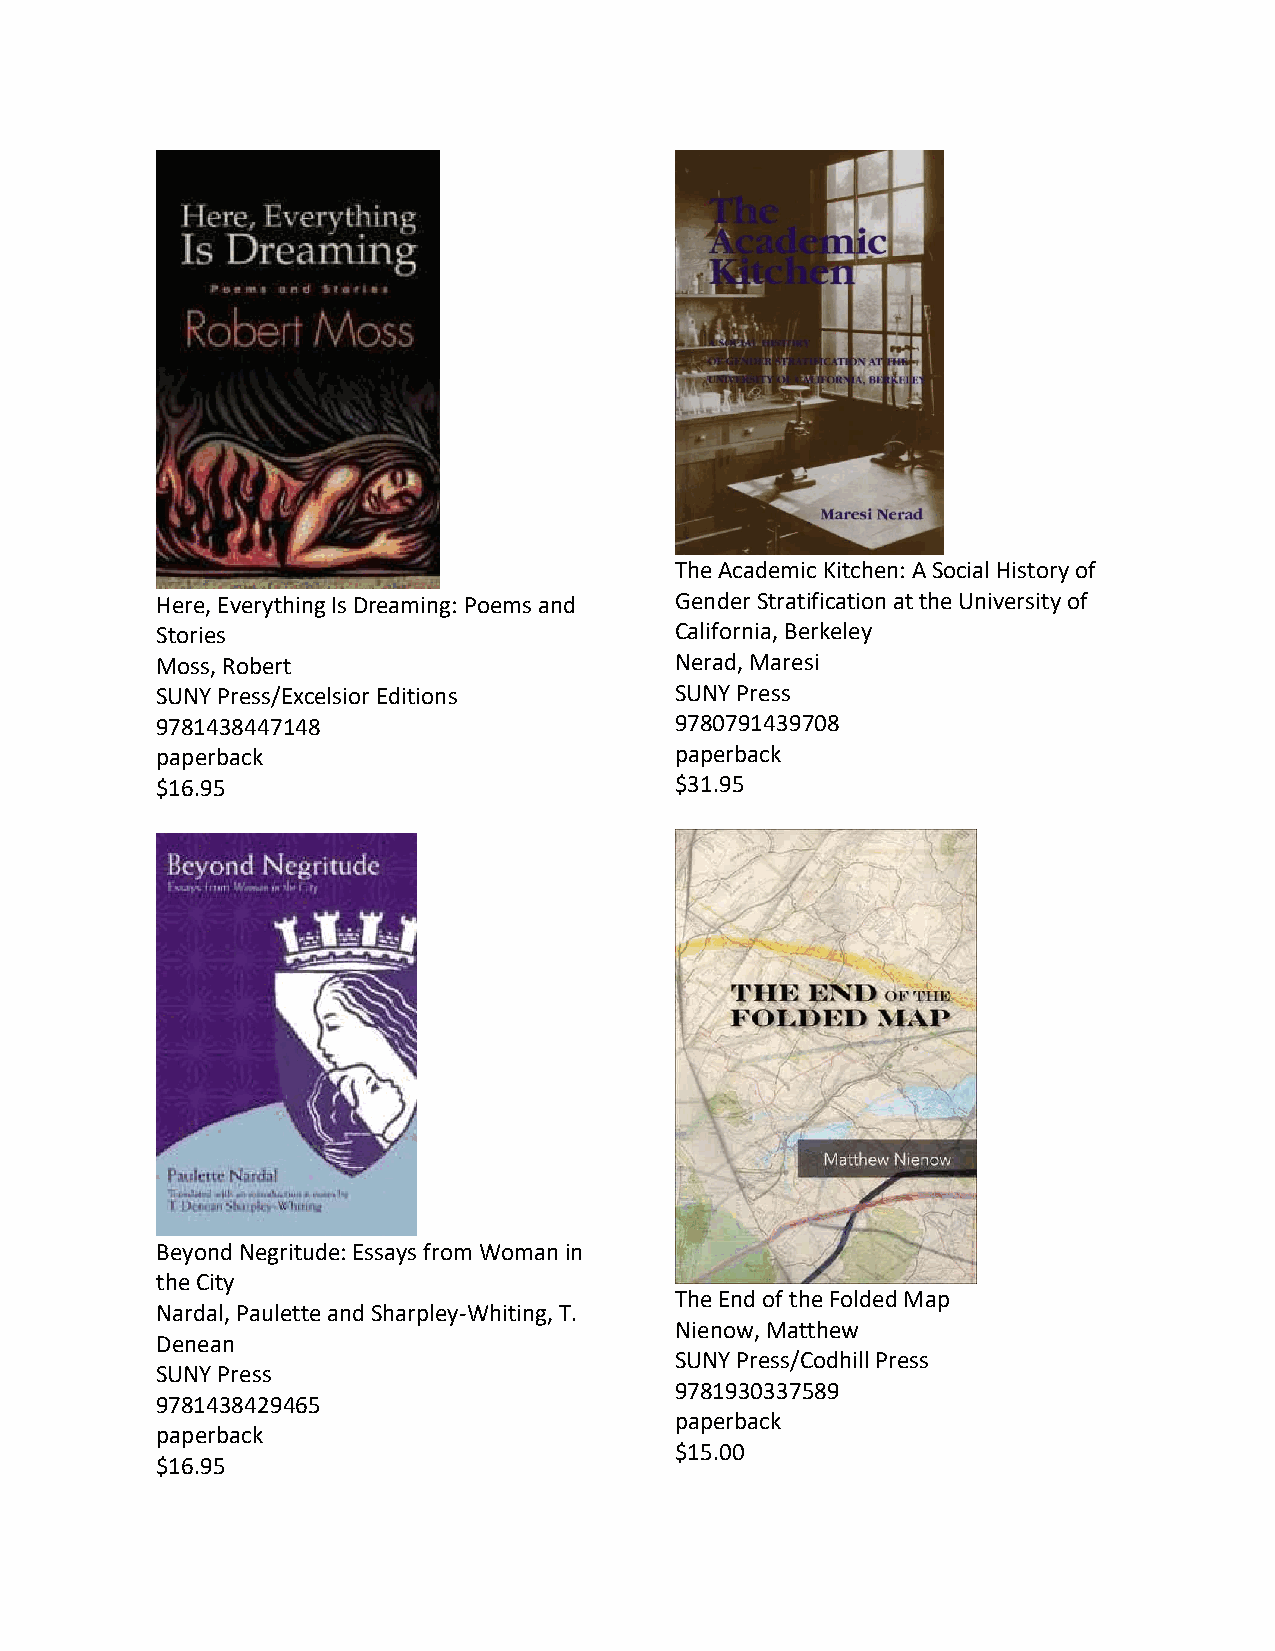
The Academic Kitchen: A Social History of
 Here, Everything Is Dreaming: Poems and Gender Stratification at the University of
 Stories                            California, Berkeley
 Moss, Robert                       Nerad, Maresi
 SUNY Press/Excelsior Editions      SUNY Press
 9781438447148                      9780791439708
 paperback                          paperback
 $16.95                             $31.95
 Beyond Negritude: Essays from Woman in
 the City
 The End of the Folded Map
 Nardal, Paulette and Sharpley-Whiting, T.
 Nienow, Matthew
 Denean
 SUNY Press/Codhill Press
 SUNY Press
 9781930337589
 9781438429465
 paperback
 paperback
 $15.00
 $16.95